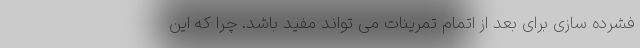
فشرده سازی برای بعد از اتمام تمرینات می تواند مفید باشد. چرا که این